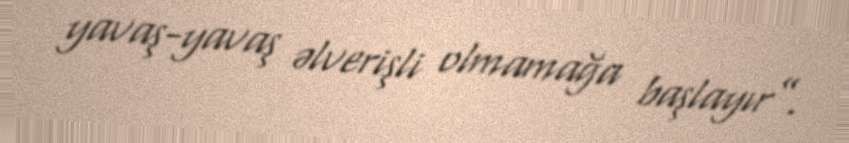
yavaş-yavaş əlverişli olmamağa başlayır”.